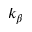
k _ { \beta }